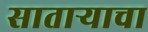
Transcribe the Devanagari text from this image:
साताऱ्याचा